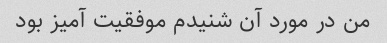
من در مورد آن شنیدم موفقیت آمیز بود